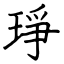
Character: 琤